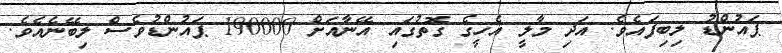
ޕައުންޑު ލިބިފައެވެ. އަދި މާލީ އެހީގެ ގޮތުގައި އޭނާއަށް 190000 ޕައުންޑުވެސް ލިބޭނެއެވެ.